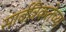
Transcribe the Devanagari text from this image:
सार्वत्रिकतेच्या